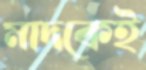
মাদকেই